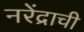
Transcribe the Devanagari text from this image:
नरेंद्राची